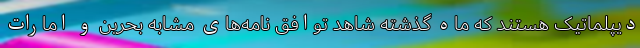
دیپلماتیک هستند که ماه گذشته شاهد توافق نامه‌های مشابه بحرین و امارات